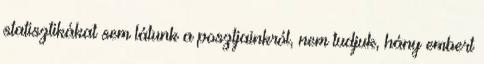
statisztikákat sem látunk a posztjainkról, nem tudjuk, hány embert